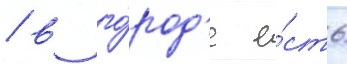
/ в го́род'е е́сть